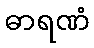
ဓာရဏံ